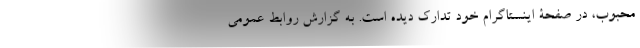
محبوب، در صفحۀ اینستاگرام خود تدارک دیده است. به گزارش روابط عمومی